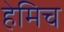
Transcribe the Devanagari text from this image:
हेमिच